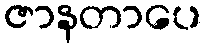
ဇာနတာပေ